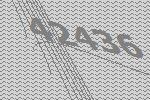
42436